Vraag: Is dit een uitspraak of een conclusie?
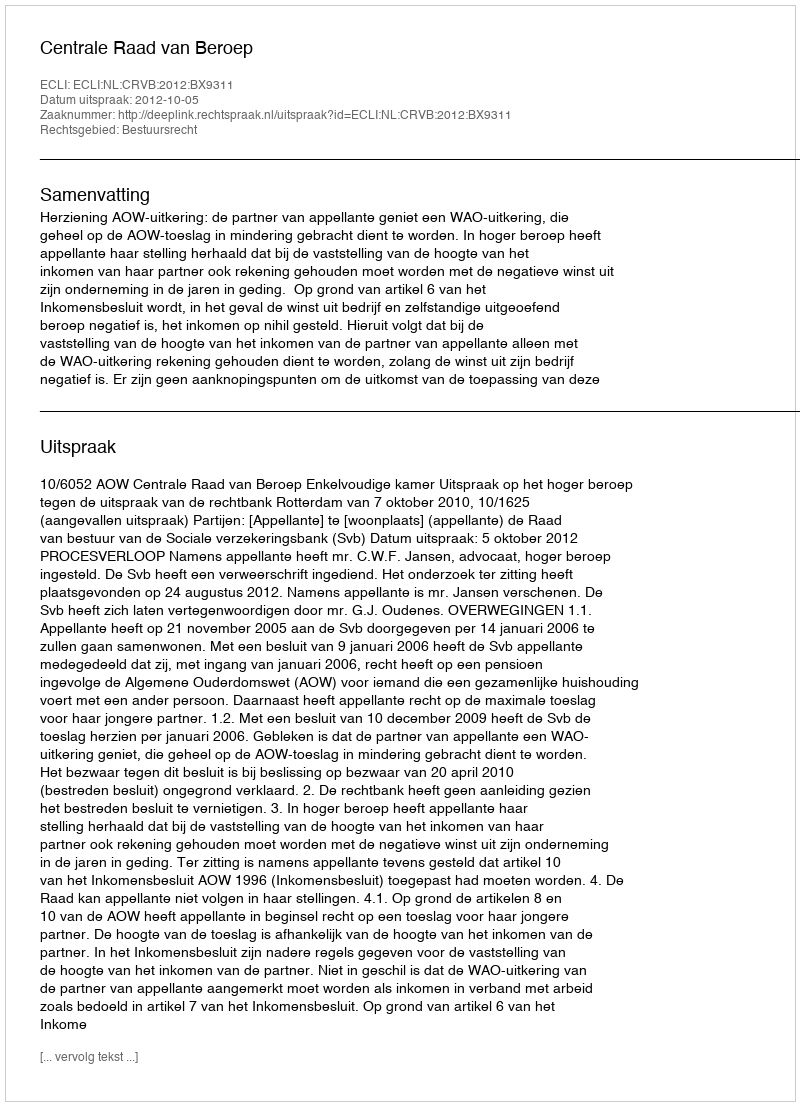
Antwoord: Uitspraak